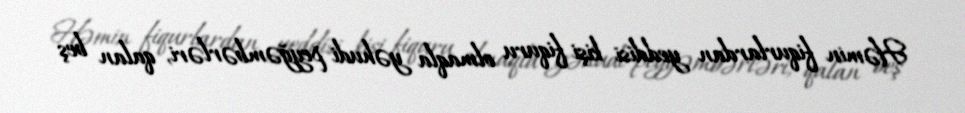
Həmin fiqurlardan yeddisi kişi fiquru olmaqla yəhudi peyğəmbərləri, qalan beş